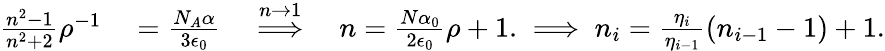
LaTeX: \begin{array}{rl}{\frac{n^{2}-1}{n^{2}+2}\rho^{-1}}&{{}=\frac{N_{A}\alpha}{3\epsilon_{0}}\quad\overset{n\to 1}{\Longrightarrow}\quad n=\frac{N\alpha_{0}}{2\epsilon_{0}}\rho+1.\implies n_{i}=\frac{\eta_{i}}{\eta_{i-1}}\left(n_{i-1}-1\right)+1.}\end{array}